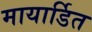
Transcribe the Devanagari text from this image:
मायार्डित